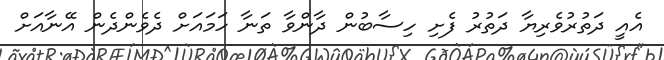
އެއީ ދަތުރުވެރިޔާ ދަތުރު ފެށި ހިސާބުން ދާންވާ ތަނާ ހަމައަށް ދެވެންދެން އޭނާއަށް